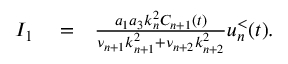
\begin{array} { r l r } { I _ { 1 } } & { { } = } & { \frac { a _ { 1 } a _ { 3 } k _ { n } ^ { 2 } C _ { n + 1 } ( t ) } { \nu _ { n + 1 } k _ { n + 1 } ^ { 2 } + \nu _ { n + 2 } k _ { n + 2 } ^ { 2 } } u _ { n } ^ { < } ( t ) . } \end{array}